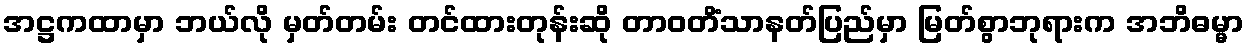
အဋ္ဌကထာမှာ ဘယ်လို မှတ်တမ်း တင်ထားတုန်းဆို တာဝတိံသာနတ်ပြည်မှာ မြတ်စွာဘုရားက အဘိဓမ္မာ